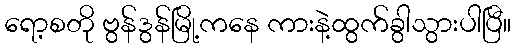
ရော့စတို ဗွန်ဒွန်မြို့ကနေ ကားနဲ့ထွက်ခွါသွားပါပြီ။